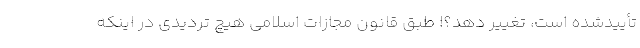
تأییدشده است، تغییر دهد؟! طبق قانون مجازات اسلامی هیچ تردیدی در اینکه